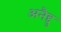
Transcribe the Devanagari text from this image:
अनैद्दु